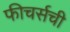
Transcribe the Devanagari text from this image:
फीचर्सची